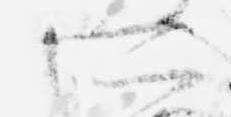
所